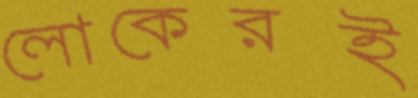
লোকেরই